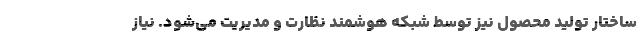
ساختار تولید محصول نیز توسط شبکه هوشمند نظارت و مدیریت می‌شود. نیاز